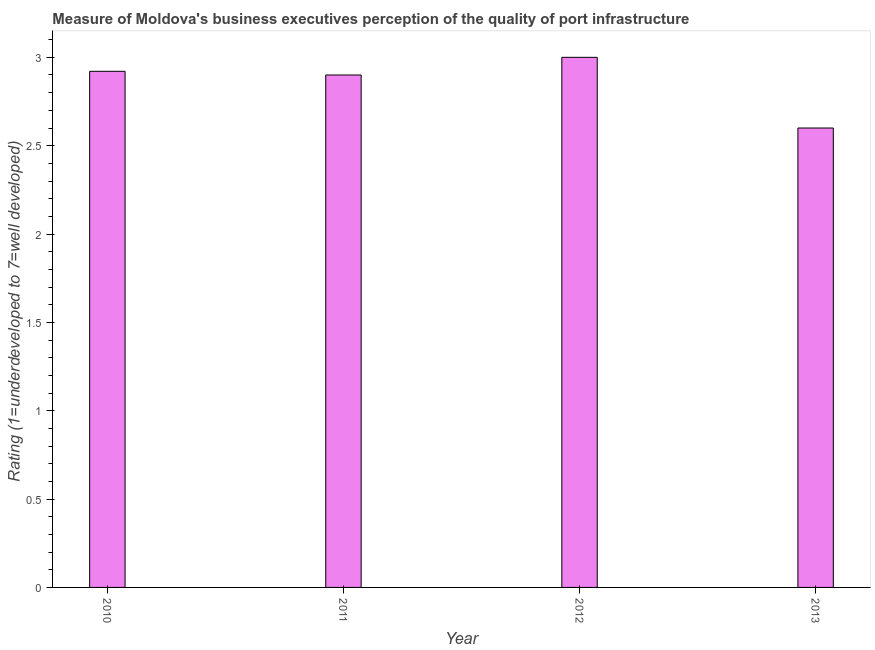
| Year | Quality of port infrastructure |
 | --- | --- |
 | 2010 | 2.92 |
 | 2011 | 2.9 |
 | 2012 | 3 |
 | 2013 | 2.6 |